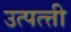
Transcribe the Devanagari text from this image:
उत्पत्त्ती